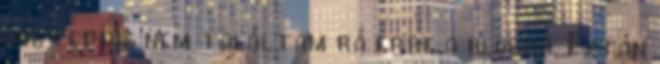
hogy eddig nem találtam rá erre a blogra. Eztán